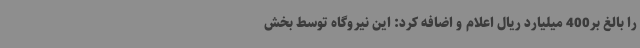
را بالغ بر400 میلیارد ریال اعلام و اضافه کرد: این نیروگاه توسط بخش